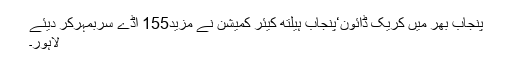
پنجاب بھر میں کریک ڈائون‘پنجاب ہیلتھ کیئر کمیشن نے مزید155 اڈے سربمہرکر دیئے
لاہور۔